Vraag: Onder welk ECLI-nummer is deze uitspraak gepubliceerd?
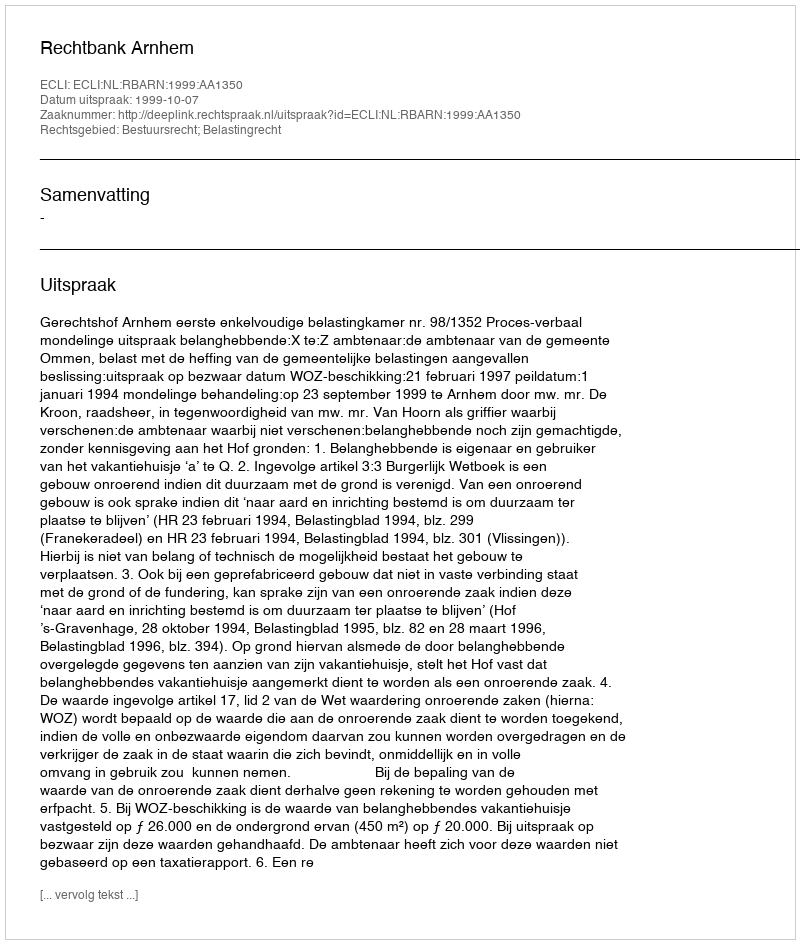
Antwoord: ECLI:NL:RBARN:1999:AA1350